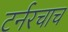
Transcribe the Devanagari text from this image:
टर्नरचाच